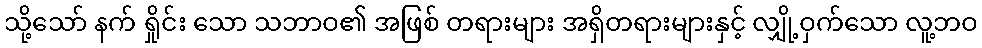
သို့သော် နက် ရှိုင်း သော သဘာဝ၏ အဖြစ် တရားများ အရှိတရားများနှင့် လျှို့ဝှက်သော လူ့ဘဝ